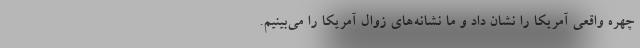
چهره واقعی آمریکا را نشان داد و ما نشانه‌های زوال آمریکا را می‌بینیم.